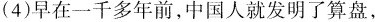
(4)早在一千多年前，中国人就发明了算盘，